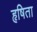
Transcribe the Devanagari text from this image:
हृषिता